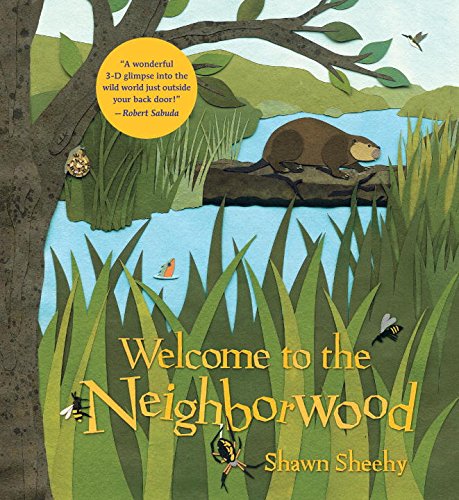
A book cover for Welcome to the Neighborwood; Shawn Sheehy; Children's Books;